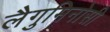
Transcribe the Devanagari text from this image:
लैगुमिनोसी